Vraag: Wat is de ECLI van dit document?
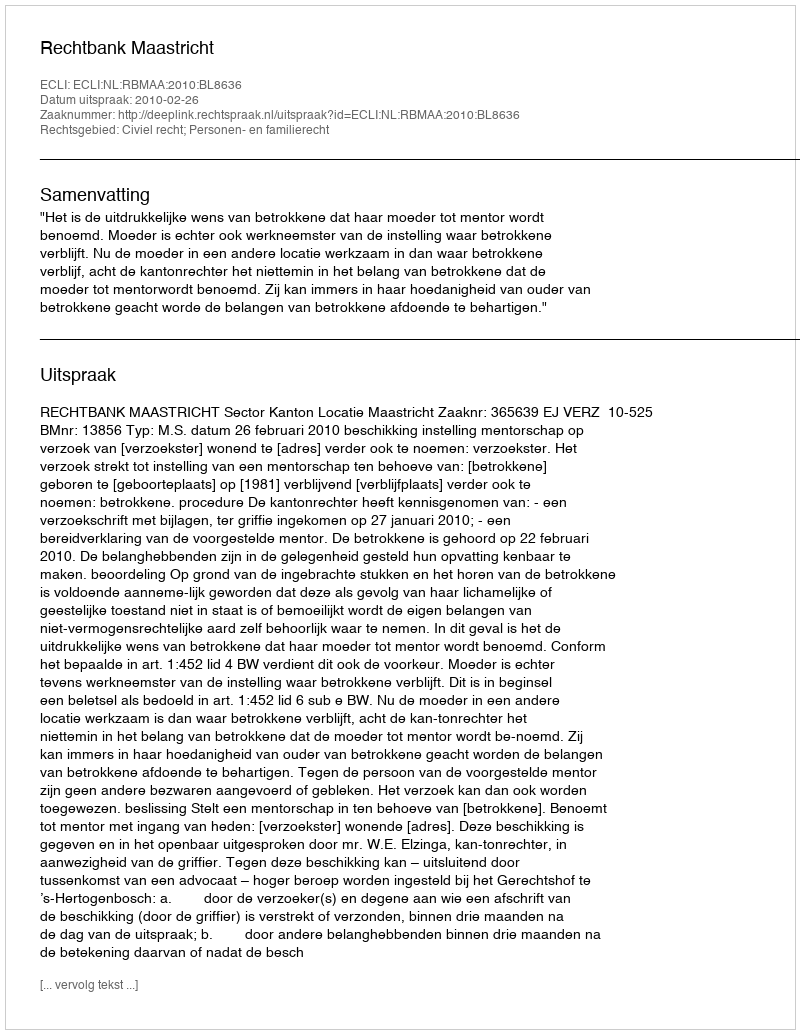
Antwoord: ECLI:NL:RBMAA:2010:BL8636